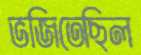
ভজিতেছিল